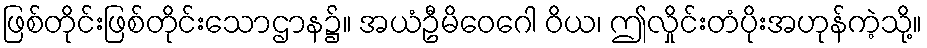
ဖြစ်တိုင်းဖြစ်တိုင်းသောဌာန၌။ အယံဦမိဝေဂေါ ဝိယ၊ ဤလှိုင်းတံပိုးအဟုန်ကဲ့သို့။